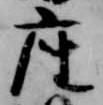
座